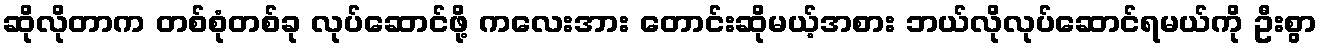
ဆိုလိုတာက တစ်စုံတစ်ခု လုပ်ဆောင်ဖို့ ကလေးအား တောင်းဆိုမယ့်အစား ဘယ်လိုလုပ်ဆောင်ရမယ်ကို ဦးစွာ